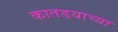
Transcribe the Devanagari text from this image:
कातडयाच्या